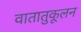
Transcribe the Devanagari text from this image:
वातातुकूलन